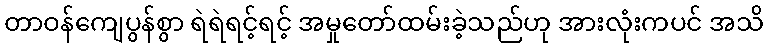
တာဝန်ကျေပွန်စွာ ရဲရဲရင့်ရင့် အမှုတော်ထမ်းခဲ့သည်ဟု အားလုံးကပင် အသိ